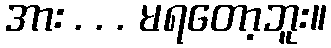
အား . . . မရတော့ဘူး။